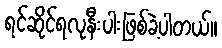
ရင်ဆိုင်ရလုနီးပါးဖြစ်ခဲ့ပါတယ်။